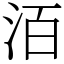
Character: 洦